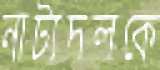
নাট্যদলকে